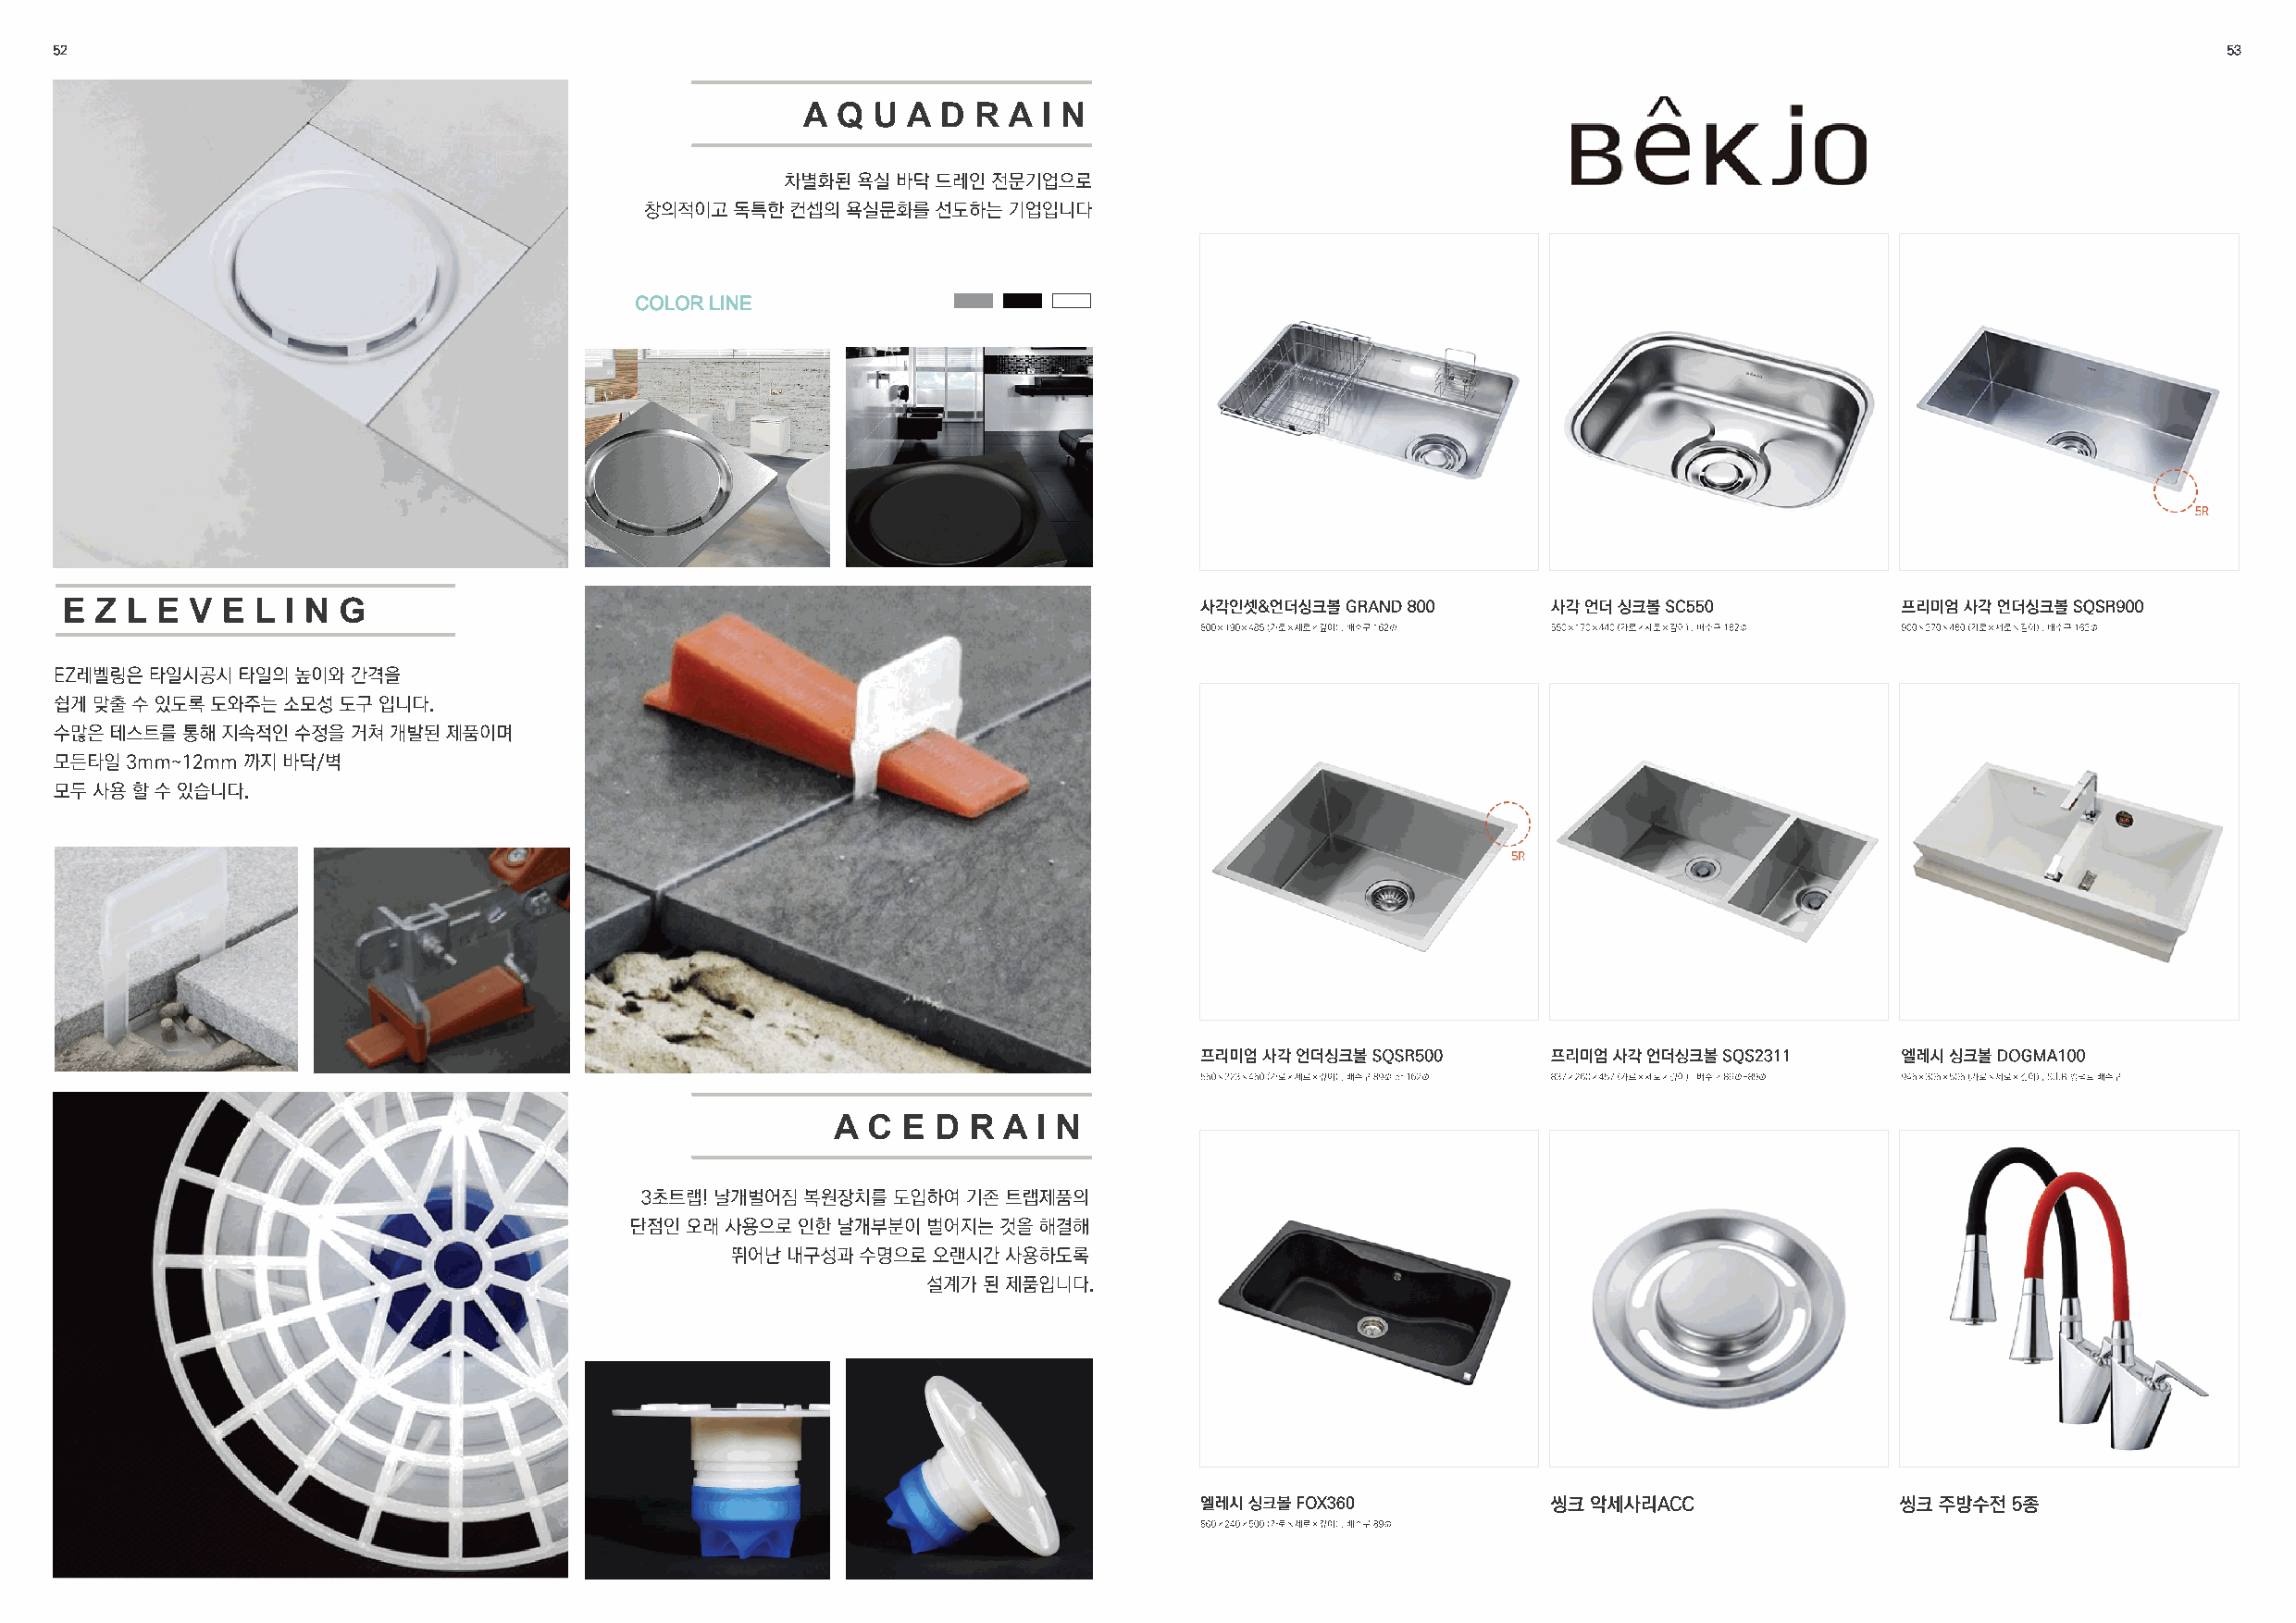
52                                                                                                                                                         53